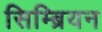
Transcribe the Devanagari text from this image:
सिम्ब्रियन